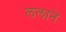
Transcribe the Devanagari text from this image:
ललाने